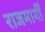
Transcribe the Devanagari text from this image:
राजमार्गीं